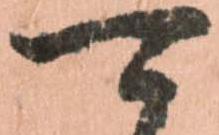
可